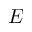
E